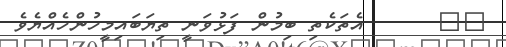
٦٤      އެތަކެތި ބިމުން ފަޅުވަނީ ތިޔަބައިމީހުންހެއްޔެވެ